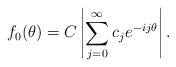
LaTeX: \begin{align*}f_0(\theta) = C\left|\sum_{j = 0}^{\infty} c_j e^{-i j \theta} \right|.\end{align*}